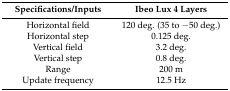
| Specifications/Inputs | Ibeo Lux 4 Layers |
 | --- | --- |
 | Horizontal field | 120 deg. (35 to −50 deg.) |
 | Horizontal step | 0.125 deg. |
 | Vertical field | 3.2 deg. |
 | Vertical step | 0.8 deg. |
 | Range | 200 m |
 | Update frequency | 12.5 Hz |